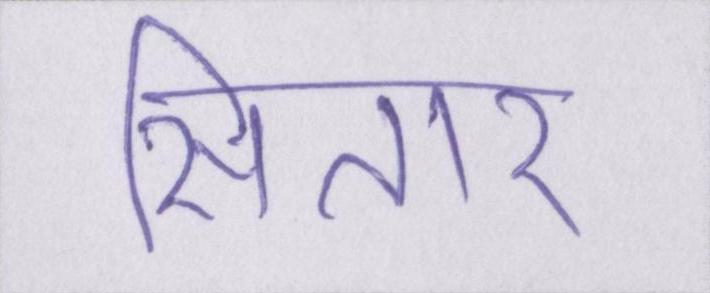
सितार